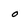
Character: 0